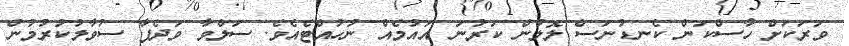
ވަރަކަށް ހާސްކަން ކެނޑުނަސް ލޮލުން ކަރުނަ އައުމެއް ނުހުއްޓެއެވެ. ސަލްވާ ވަދެފާ ސުވާލުކުރުމުން